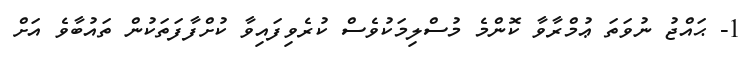
1- ޙައްޖު ނުވަތަ ޢުމްރާވާ ކޮންމެ މުސްލިމަކުވެސް ކުރެވިފައިވާ ކުށްފާފަތަކުން ތައުބާވެ އަށް